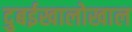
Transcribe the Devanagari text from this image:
दुबईखालोखाल